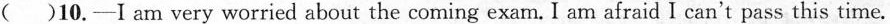
()10.—I am very worried about the coming exam. I am afraid I can't pass this time.